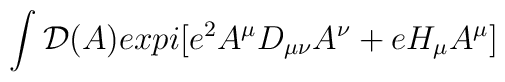
\int{\cal D}(A)expi[e^2A^\mu D_{\mu\nu}A^\nu+eH_\mu A^\mu]